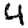
Digit: 4